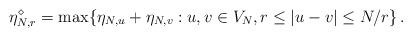
LaTeX: \begin{align*}\eta_{N,r}^{\diamond}=\max \{\eta_{N,u}+\eta_{N,v} : u,v \in V_N, r \le |u-v| \le N/r \} \,.\end{align*}